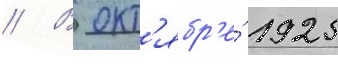
// В окт'ябр'е́ 1925